Report on vaccination in Madras 1922-1929 - 1922-1929
Year: 1922
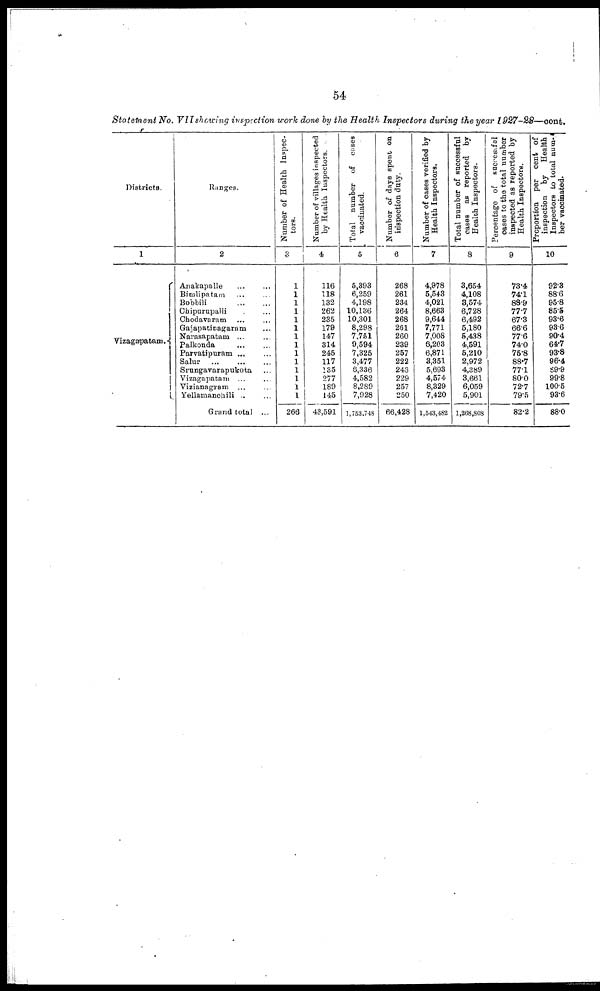
54
Statement No. VII showing inspection work done by the Health Inspectors during the year 1927-28—cont.
Districts.
1
Vizagapatam.
Ranges.
2
Anakapalle … …
Bimlipatam
…
…
Bobbili
…
…
Chipurupalli … …
Chodavaram
…
…
Gajapatinagaram …
Narasapatam ... …
Palkonda
…
…
Parvatipuram ... …
Salur
…
…
…
Srungavarapukota …
Vizagapatam ... …
Vizianagram ... …
Yellamanchili ... …
Grand total ...
Number of Health Inspec-
tors.
8
1
1
1
1
1
1
1
1
1
1
1
1
1
1
266
Number of villages inspected
by Health Inspectors.
4
116
118
132
262
235
179
147
314
245
117
135
277
189
145
43,591
Total number of cases
vaccinated.
5
5,393
6,259
4,198
10,136
10,301
8,298
7,751
9,594
7,325
3,477
8,336
4,582
8,289
7,928
1,753,748
Number of days spent on
inspection duty.
6
268
261
234
264
268
261
260
239
257
222
243
229
257
250
66,428
Number of cases verified by
Health Inspectors.
7
4,978
5,548
4,021
8,663
9,644
7,771
7,008
6,203
6,871
3,351
5,693
4,574
8,329
7,420
1,543,482
Total number of successful
cases as reported by
Health Inspectors.
8
3,654
4,108
8,574
6,728
6,492
5,180
5,438
4,591
5,210
2,972
4,389
3,661
6,059
5,901
1,268,808
Percentage of successful
cases to the total number
inspected as reported by
Health Inspectors.
9
73.4
74.1
88.9
77.7
67.3
66.6
77.6
74.0
76.8
88.7
77.1
80.0
72.7
79.5
82.2
Proportion per cent of
inspection by Health
Inspectors to total num-
ber vaccinated.
10
92.8
88.6
95.8
85.5
93.6
93.6
90.4
64.7
93.8
96.4
89.9
99.8
100.5
93.6
88.0